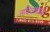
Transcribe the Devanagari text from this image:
अधिवक्त्यांची